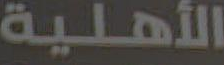
الأهلية